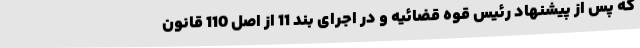
که پس از پیشنهاد رئیس قوه‌ قضائیه و در اجرای بند 11 از اصل 110 قانون